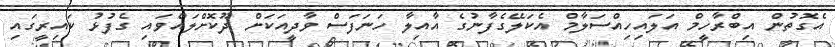
އެގޮތުން އިބްރާހީމް އަލައިހިއްސަލާމް އެކަލޭގެފާނުގެ އާއިލާ ހަނަފަސް ވާދީއަކަށް ދޫކޮށްލައްވައި ގެފުޅު ކައިރީގައި